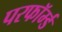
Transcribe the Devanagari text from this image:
परफॉर्म्ड